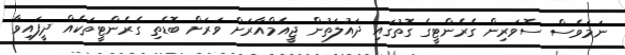
ނަމަވެސް ސޮވަރިން ގެރެންޓީގެ ގޮތުގައި ދައުލަތުން ޖީއެމްއާރަށް ވަރަށް ބޮޑެތި ގެރެންޓީތަކެއް ދީފައިވާ